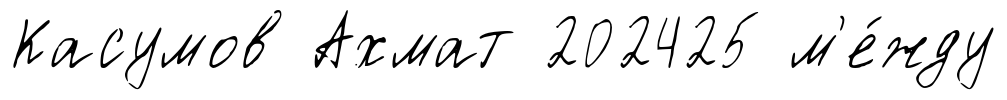
Касумов Ахмат 202425 м'е́жду